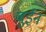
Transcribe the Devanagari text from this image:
बुईन